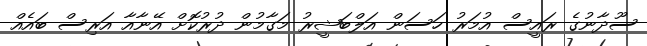
ސޫދާނުގެ ރައީސް އުމަރު ހަސަން އަލްބަޝީރު މަގާމުން ދުރުކޮށް އޭނާއާ އަރިސް ބައެއް